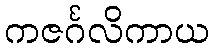
ကဇင်္ဂလိကာယ